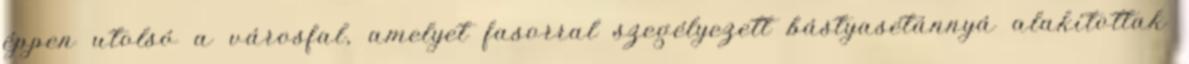
éppen utolsó a városfal, amelyet fasorral szegélyezett bástyasétánnyá alakítottak